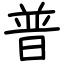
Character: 普